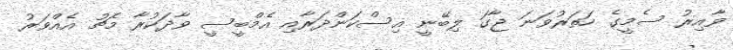
ވާއިރު ސެމީގެ ހަތަރުވަނަ ޖާގަ ލިބޭނީ އިސްކަންދަރާއި އެމްބީސީ ވާދަކުރާ މެޗު އެއްވަރު